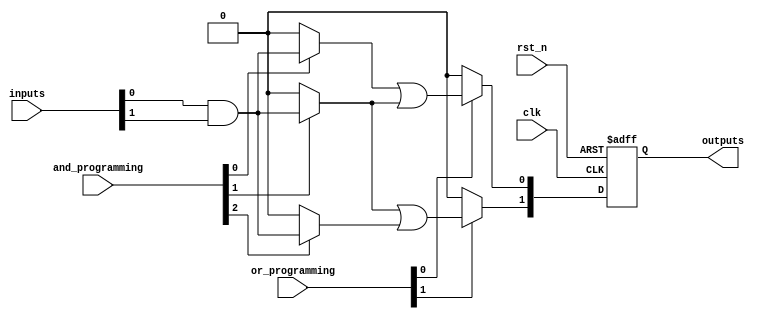
module RPAL #(
    parameter NUM_AND_GATES = 4, // Number of AND gates
    parameter NUM_OR_GATES = 2,   // Number of OR gates
    parameter NUM_INPUTS = 8,     // Number of inputs
    parameter NUM_OUTPUTS = 2     // Number of outputs
)(
    input wire clk,                // Clock signal
    input wire rst_n,              // Active low reset
    input wire [NUM_INPUTS-1:0] inputs, // Primary inputs
    input wire [NUM_AND_GATES-1:0] and_programming, // Programming for AND gates
    input wire [NUM_OR_GATES-1:0] or_programming, // Programming for OR gates
    output reg [NUM_OUTPUTS-1:0] outputs // Registered outputs
);

// Internal signals
wire [NUM_AND_GATES-1:0] and_outputs; // Outputs from AND gates
wire [NUM_OR_GATES-1:0] or_outputs;   // Outputs from OR gates

// AND gate array
genvar i;
generate
    for (i = 0; i < NUM_AND_GATES; i = i + 1) begin : and_gate_array
        assign and_outputs[i] = (and_programming[i]) ? (inputs[0] & inputs[1]) : 1'b0; // Example logic
    end
endgenerate

// OR gate array
generate
    for (i = 0; i < NUM_OR_GATES; i = i + 1) begin : or_gate_array
        assign or_outputs[i] = (or_programming[i]) ? (and_outputs[i] | and_outputs[i+1]) : 1'b0; // Example logic
    end
endgenerate

// Registering outputs
always @(posedge clk or negedge rst_n) begin
    if (!rst_n) begin
        outputs <= 0; // Reset outputs
    end else begin
        outputs <= or_outputs[0:NUM_OUTPUTS-1]; // Register the selected OR outputs
    end
end

endmodule